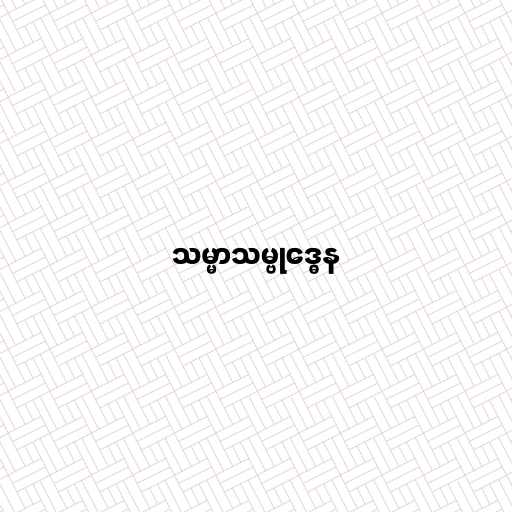
သမ္မာသမ္ဗုဒ္ဓေန